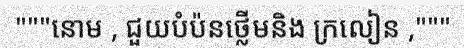
"""នោម , ជួយបំប៉នថ្លើមនិង ក្រលៀន ,"""